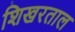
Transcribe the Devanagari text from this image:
शिखरताल